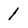
Character: 1